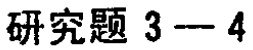
研究题 3—4